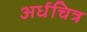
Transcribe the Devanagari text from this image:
अर्धचित्र